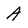
Character: A